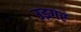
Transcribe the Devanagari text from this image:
उइगर